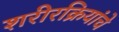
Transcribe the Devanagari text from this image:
शरीरक्रियांचे